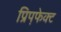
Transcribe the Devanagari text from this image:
प्रिप़फेक्ट